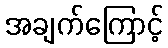
အချက်ကြောင့်